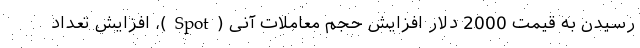
رسیدن به قیمت 2000 دلار افزایش حجم معاملات آنی (Spot)، افزایش تعداد